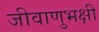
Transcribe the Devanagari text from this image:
जीवाणुभक्षी